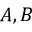
A , B